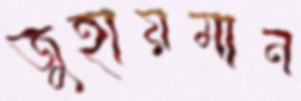
জুহায়মান